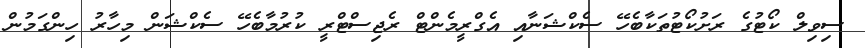
ސިވިލް ކޯޓުގެ ރަށުކޯޓުތަކާބެހޭ ސެކްޝަނާއި އެގްރީމެންޓް ރެޖިސްޓްރީ ކުރުމާބެހޭ ސެކްޝަން މިހާރު ހިންގަމުން